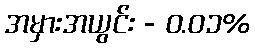
အမှားအယွင်း - ၀.၀၁%